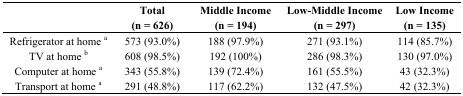
|  | Total (n = 626) | Middle Income (n = 194) | Low-Middle Income (n = 297) | Low Income (n = 135) |
 | --- | --- | --- | --- | --- |
 | Refrigerator at home a | 573 (93.0%) | 188 (97.9%) | 271 (93.1%) | 114 (85.7%) |
 | TV at home b | 608 (98.5%) | 192 (100%) | 286 (98.3%) | 130 (97.0%) |
 | Computer at home a | 343 (55.8%) | 139 (72.4%) | 161 (55.5%) | 43 (32.3%) |
 | Transport at home a | 291 (48.8%) | 117 (62.2%) | 132 (47.5%) | 42 (32.3%) |